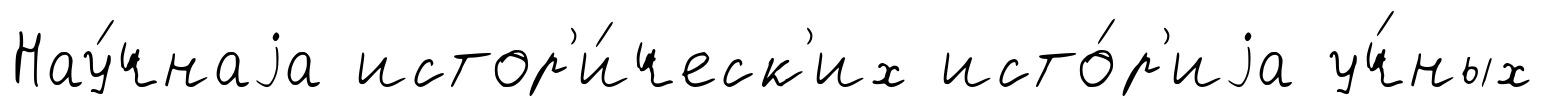
Нау́чнаjа истор'и́ческ'их исто́р'иjа уч́ных